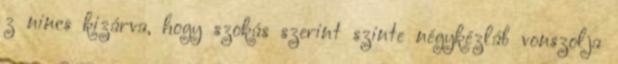
z nincs kizárva, hogy szokás szerint szinte négykézláb vonszolja